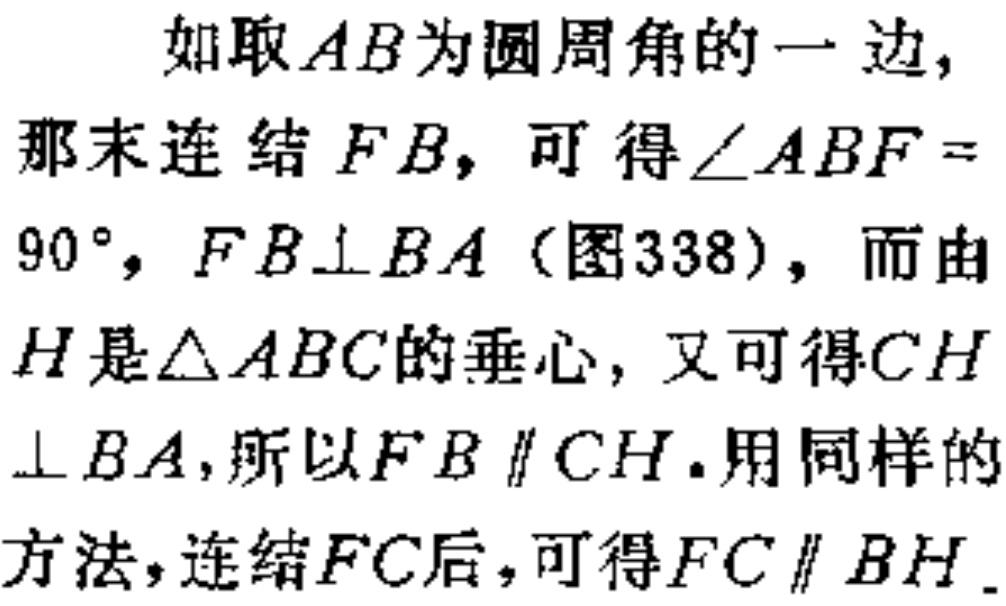
如取\(AB\)为圆周角的一边, 那末连结\(FB\), 可得\(\angle ABF = 90^{\circ}\), \(FB\perp BA\) (图338), 而由\(H\)是\(\triangle ABC\)的垂心, 又可得\(CH\perp BA\),所以\(FB\parallel CH\).用同样的方法,连结\(FC\)后,可得\(FC\parallel BH\).